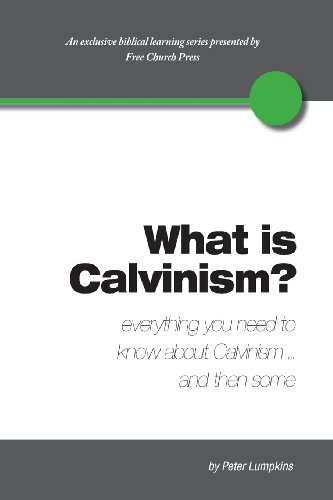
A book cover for What Is Calvinism? Everything You Need to Know about Calvinism...and Then Some; Peter Lumpkins; Christian Books & Bibles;